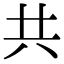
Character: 共